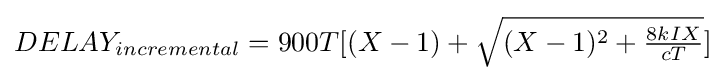
{\textstyle DELAY_{incremental}=900T[(X-1)+{\sqrt {(X-1)^{2}+{\frac {8kIX}{cT}}}}]}